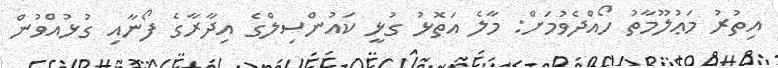
އިތުރު މަޢުލޫމާތު ހޯއްދެވުމަށް: މާލެ އަތޮޅު ގުޅީ ކައުންސިލްގެ އިދާރާގެ ފޯނާއި ގުޅުއްވުން